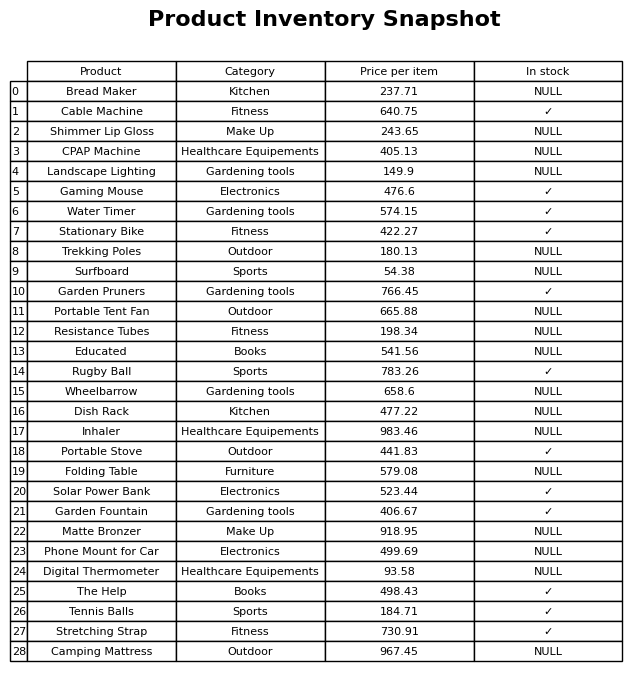
question: What is the price for Shimmer Lip Gloss?
answer: The price of Shimmer Lip Gloss is 243.65.